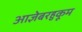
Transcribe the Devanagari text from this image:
आज्ञेबरहुकूम